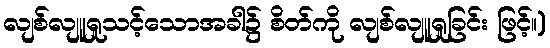
လျစ်လျူရှုသင့်သောအခါ၌ စိတ်ကို လျစ်လျူရှုခြင်း ဖြင့်။)